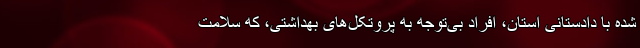
شده با دادستانی استان، افراد بی‌توجه به پروتکل‌های بهداشتی، که سلامت